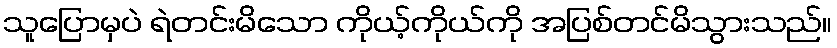
သူပြောမှပဲ ရဲတင်းမိသော ကိုယ့်ကိုယ်ကို အပြစ်တင်မိသွားသည်။